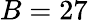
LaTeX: B=27